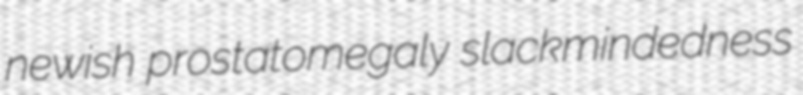
newish prostatomegaly slackmindedness